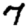
Digit: 7